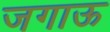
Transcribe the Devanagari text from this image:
जगाऊ